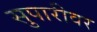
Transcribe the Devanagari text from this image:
सुपारीवर